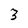
Character: 3